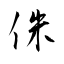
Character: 侏